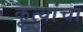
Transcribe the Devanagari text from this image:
कृत्यांचा